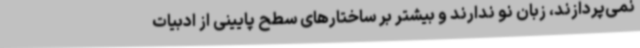
نمی‌پردازند، زبان نو ندارند و بیشتر بر ساختارهای سطح پایینی از ادبیات